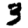
Digit: 3